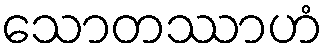
သောတဿာဟံ